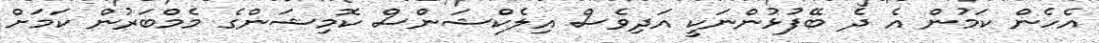
އެހެން ކަމުން އެ ދެ ބޭފުޅުންނަކީ އަދިވެސް އިލެކްޝަންސް ކޮމިޝަންގެ މެމްބަރުން ކަމަށް